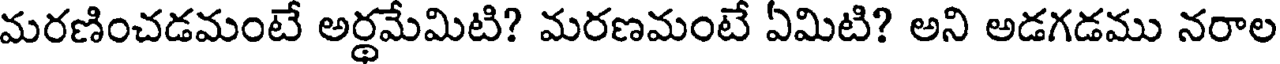
మరణించడమంటే అర్థమేమిటి? మరణమంటే ఏమిటి? అని అడగడము నరాల